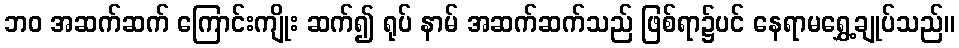
ဘဝ အဆက်ဆက် ကြောင်းကျိုး ဆက်၍ ရုပ် နာမ် အဆက်ဆက်သည် ဖြစ်ရာ၌ပင် နေရာမရွှေ့ချုပ်သည်။